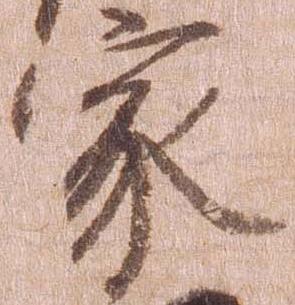
家